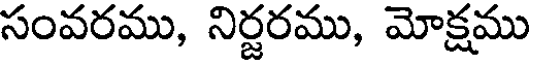
సంవరము, నిర్జరము, మోక్షము